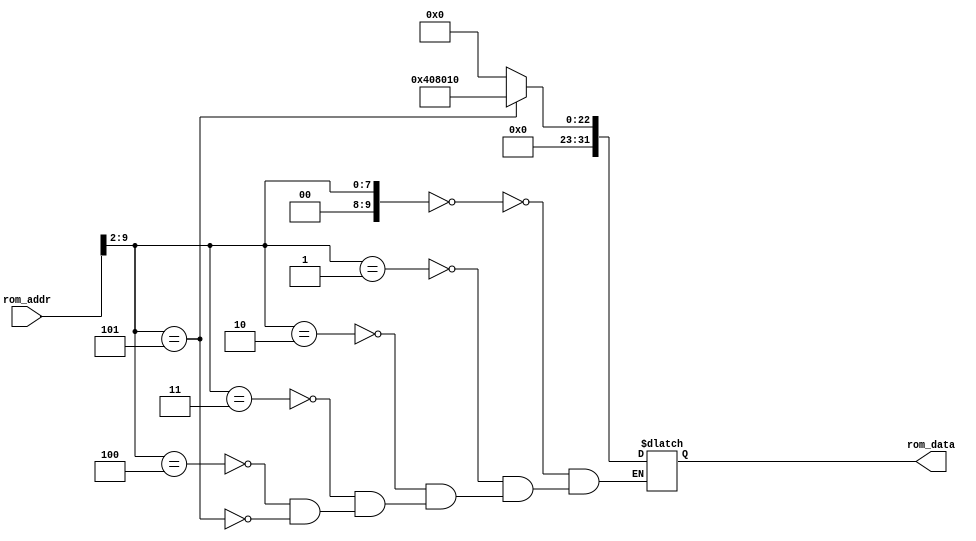
/*******************/
/* rom8x1024_sim.v */
/*******************/

//                  +----+
//  rom_addr[11:0]->|    |->rom_data[31:0]
//                  +----+

//
// ROM
//

module rom8x1024_sim (rom_addr, rom_data);

  input   [11:0]  rom_addr;  // 12-bit 
  output  [31:0]  rom_data;  // 32-bit 

  reg     [31:0]  data;

  // Wire
  wire     [9:0]  word_addr; // 10-bit address, word

  assign word_addr = rom_addr[9:2];
   
  always @(word_addr) begin
    case (word_addr)
      10'h000: data = 32'h00000000; // 00400000: SLL, REG[0]<=REG[0]<<0;
      10'h001: data = 32'h00000000; // 00400004: SLL, REG[0]<=REG[0]<<0;
      10'h002: data = 32'h00000000; // 00400008: SLL, REG[0]<=REG[0]<<0;
      10'h003: data = 32'h00000000; // 0040000c: SLL, REG[0]<=REG[0]<<0;
      10'h004: data = 32'h00000000; // 00400010: SLL, REG[0]<=REG[0]<<0;
      10'h005: data = 32'h00408010; // 00400014: R type, unknown. func=16(10)
    endcase
  end

  assign rom_data = data;
endmodule